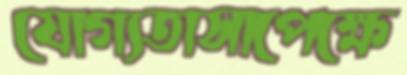
যোগ্যতাসাপেক্ষে